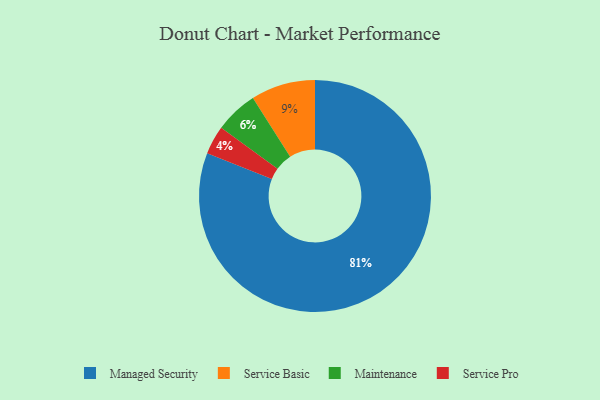
{"axis": {"x": "Category", "y": "Percentage"}, "legend": ["Maintenance", "Managed Security", "Service Basic", "Service Pro"], "data": [{"x": "Maintenance", "y": 6, "type": "Maintenance"}, {"x": "Service Basic", "y": 9, "type": "Service Basic"}, {"x": "Managed Security", "y": 81, "type": "Managed Security"}, {"x": "Service Pro", "y": 4, "type": "Service Pro"}]}